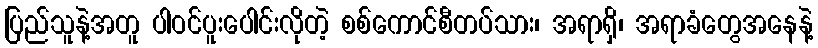
ပြည်သူနဲ့အတူ ပါဝင်ပူးပေါင်းလိုတဲ့ စစ်ကောင်စီတပ်သား၊ အရာရှိ၊ အရာခံတွေအနေနဲ့